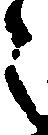
之